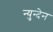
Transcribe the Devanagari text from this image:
न्युन्देन